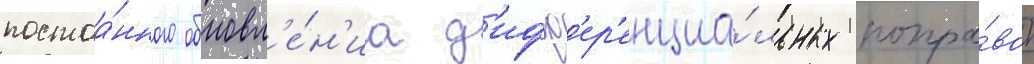
постоа́нного обновл'е́н'иа д'ифф'ер'енциа́льных попра́вок